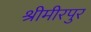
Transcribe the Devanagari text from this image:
श्रीमीरपुर